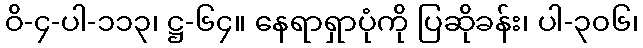
ဝိ-၄-ပါ-၁၁၃၊ ဋ္ဌ-၆၄။ နေရာရှာပုံကို ပြဆိုခန်း၊ ပါ-၃၀၆၊